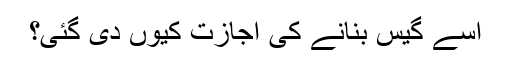
اُسے گیس بنانے کی اجازت کیوں دی گئی؟